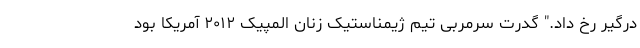
درگیر رخ داد." گدرت سرمربی تیم ژیمناستیک زنان المپیک ۲۰۱۲ آمریکا بود